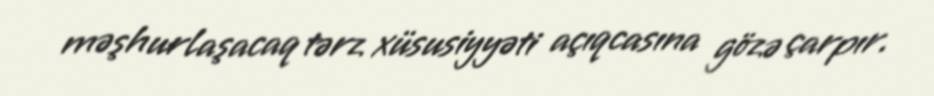
məşhurlaşacaq tərz xüsusiyyəti açıqcasına gözə çarpır.